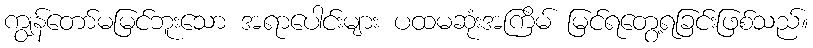
ကျွန်တော်မမြင်ဘူးသော အရာပေါင်းများ ပထမဆုံးအကြိမ် မြင်ရတွေ့ရခြင်းဖြစ်သည်။